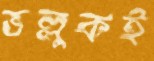
ভল্লুকই